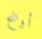
أوضح